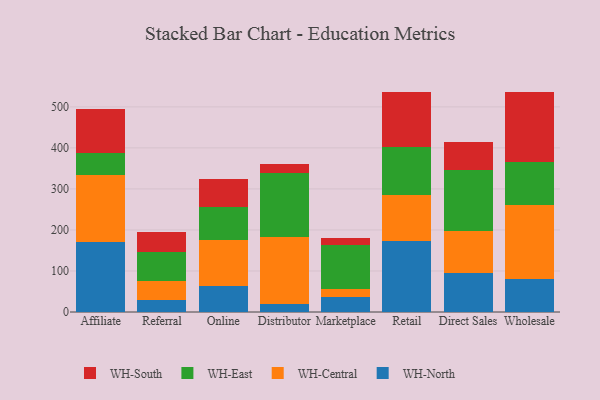
{"axis": {"x": "Channel", "y": "Operating Costs (USD K)"}, "legend": ["WH-Central", "WH-East", "WH-North", "WH-South"], "data": [{"x": "Affiliate", "y": 170.1, "type": "WH-North"}, {"x": "Affiliate", "y": 163.5, "type": "WH-Central"}, {"x": "Affiliate", "y": 53.2, "type": "WH-East"}, {"x": "Affiliate", "y": 107.0, "type": "WH-South"}, {"x": "Referral", "y": 29.2, "type": "WH-North"}, {"x": "Referral", "y": 47.1, "type": "WH-Central"}, {"x": "Referral", "y": 69.1, "type": "WH-East"}, {"x": "Referral", "y": 49.4, "type": "WH-South"}, {"x": "Online", "y": 63.9, "type": "WH-North"}, {"x": "Online", "y": 111.0, "type": "WH-Central"}, {"x": "Online", "y": 80.7, "type": "WH-East"}, {"x": "Online", "y": 67.8, "type": "WH-South"}, {"x": "Distributor", "y": 18.6, "type": "WH-North"}, {"x": "Distributor", "y": 163.8, "type": "WH-Central"}, {"x": "Distributor", "y": 155.4, "type": "WH-East"}, {"x": "Distributor", "y": 24.0, "type": "WH-South"}, {"x": "Marketplace", "y": 35.6, "type": "WH-North"}, {"x": "Marketplace", "y": 20.8, "type": "WH-Central"}, {"x": "Marketplace", "y": 105.9, "type": "WH-East"}, {"x": "Marketplace", "y": 17.0, "type": "WH-South"}, {"x": "Retail", "y": 173.6, "type": "WH-North"}, {"x": "Retail", "y": 111.8, "type": "WH-Central"}, {"x": "Retail", "y": 117.0, "type": "WH-East"}, {"x": "Retail", "y": 132.7, "type": "WH-South"}, {"x": "Direct Sales", "y": 95.9, "type": "WH-North"}, {"x": "Direct Sales", "y": 102.2, "type": "WH-Central"}, {"x": "Direct Sales", "y": 148.6, "type": "WH-East"}, {"x": "Direct Sales", "y": 66.5, "type": "WH-South"}, {"x": "Wholesale", "y": 81.5, "type": "WH-North"}, {"x": "Wholesale", "y": 179.7, "type": "WH-Central"}, {"x": "Wholesale", "y": 103.7, "type": "WH-East"}, {"x": "Wholesale", "y": 172.3, "type": "WH-South"}]}